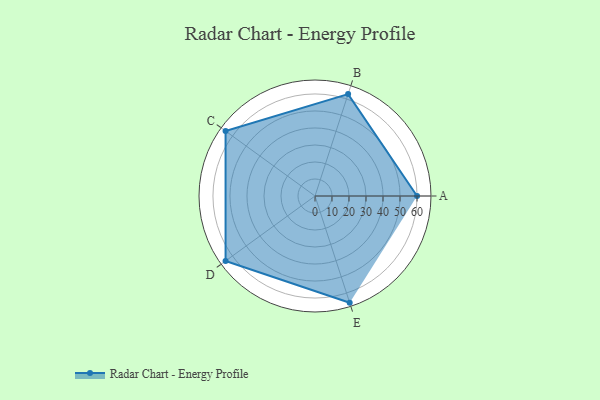
{"axis": {"x": "Skill", "y": "Score"}, "legend": ["Profile"], "data": [{"x": "A", "y": 60.0, "type": "Profile"}, {"x": "B", "y": 63.0, "type": "Profile"}, {"x": "C", "y": 65.0, "type": "Profile"}, {"x": "D", "y": 65.0, "type": "Profile"}, {"x": "E", "y": 66.0, "type": "Profile"}]}